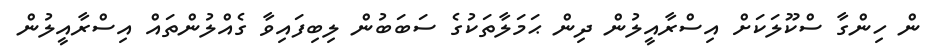
ން ހިންގާ ސްކޫލަކަށް އިސްރާއީލުން ދިން ޙަަމަލާތަކުގެ ސަބަބުން ލިބިފައިވާ ގެއްލުންތައް އިސްރާއީލުން